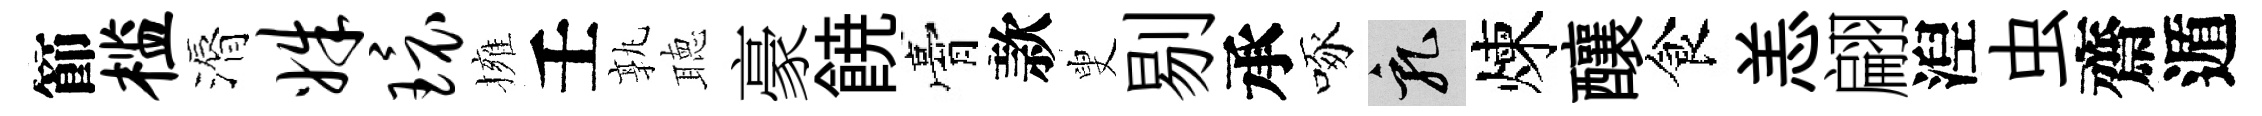
節槛漘姝环擁壬孰聴豪𩜙膏款叟剔承啄乳煉釀食恙翩湼虫齋遁